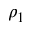
\rho _ { 1 }